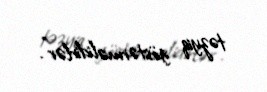
təzyiq göstərməlidirlər”.